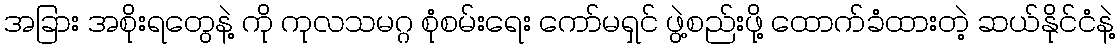
အခြား အစိုးရတွေနဲ့ ကို ကုလသမဂ္ဂ စုံစမ်းရေး ကော်မရှင် ဖွဲ့စည်းဖို့ ထောက်ခံထားတဲ့ ဆယ်နိုင်ငံနဲ့